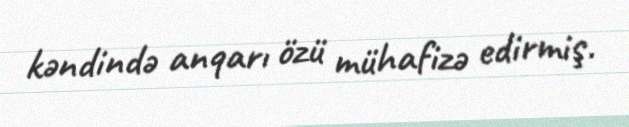
kəndində anqarı özü mühafizə edirmiş.